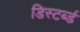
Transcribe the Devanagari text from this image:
डिस्टर्ब्ड